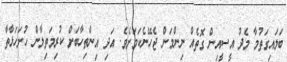
ބަލައިގަތުމާ މެދު އީސީއިން ގޮތެއް ނިންމަން ޖެހޭނެކަމަށެވެ. އަދި އިންތިހާބަށް ކުރިމަތިލާން ހުށަހަޅާތާ